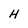
Character: H